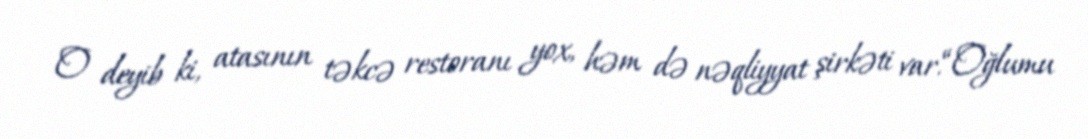
O deyib ki, atasının təkcə restoranı yox, həm də nəqliyyat şirkəti var.“Oğlumu